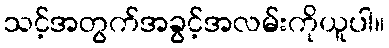
သင့်အတွက်အခွင့်အလမ်းကိုယူပါ။